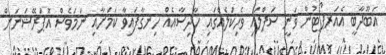
އަބޫދާބީ އެއަރޕޯޓުން ވަނީ ސަޕްލައި ވެހިކަލެއްގައި ހާދިސާއެއް ހިނގާފައިވާ ކަމަށާއި ނަމަވެސް އޮޕަރޭޝަނަށް